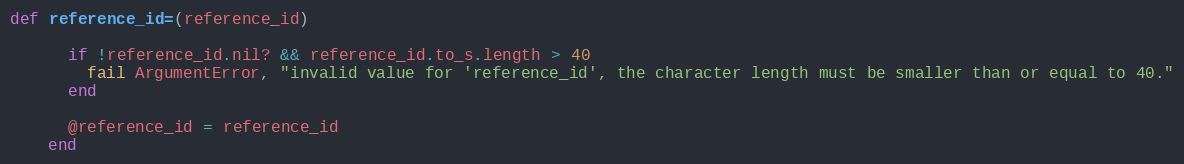
Language: Ruby
def reference_id=(reference_id)

      if !reference_id.nil? && reference_id.to_s.length > 40
        fail ArgumentError, "invalid value for 'reference_id', the character length must be smaller than or equal to 40."
      end

      @reference_id = reference_id
    end